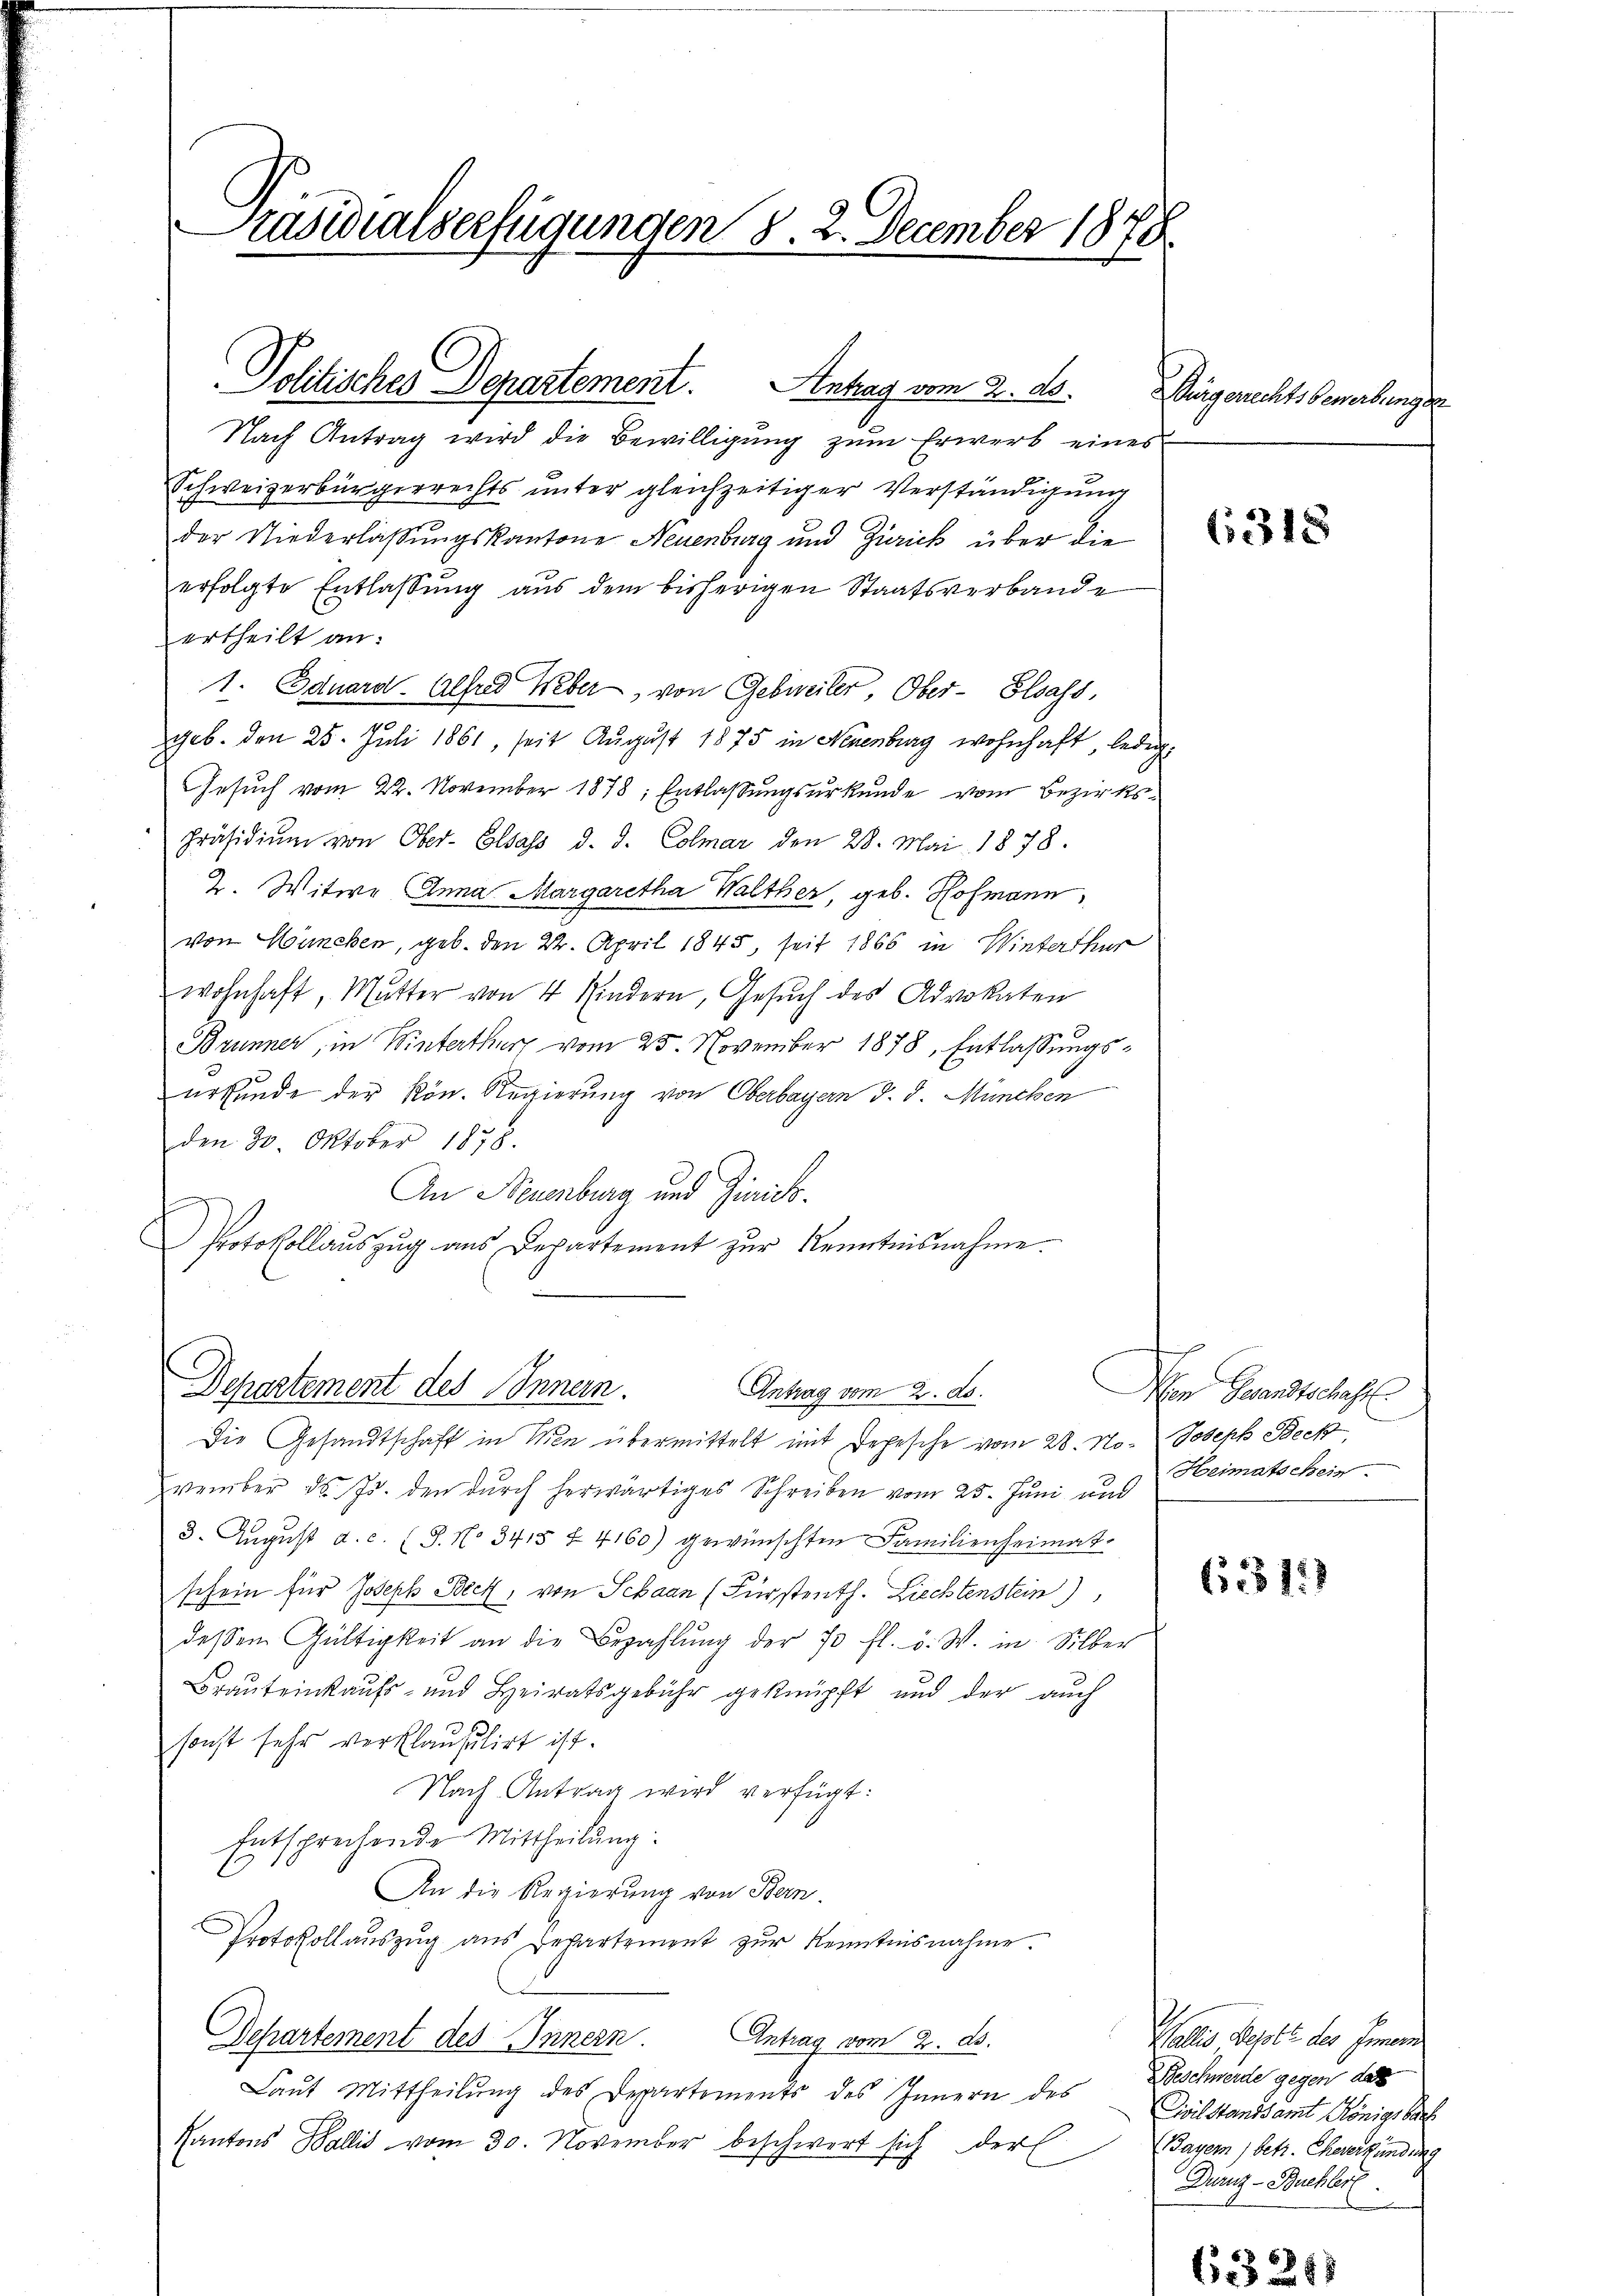
Präsidialserfügungen 8. 2. December 1878

Politisches Departement. Antrag vom 2. ds.

Nach Antrag wird die Bewilligung zum Erwerb eines
Schweizerbürgerrechts unter gleichzeitiger Verständigung
der Niederlassungskantone Neuenburg und Zürich über die
erfolgte Entlassung aus dem bisherigen Staatsverbande
ertheilt an:
1. Eduard Alfred Weber, von Gebreiter, Ober- Elsass,
geb. den 25. Juli 1861, seit August 1875 in Neuenburg wohnhaft, ledigt
Gesuch vom 22. November 1878; Entlaßungsurkunde vom Bezirks¬
Präsidium von Ober-Elsass d. d. Colmar den 28. Mai 1878.
2. Witwe Anna Margaretha Walther, geb. Hofmann
von München, geb. den 22. April 1845, seit 1866 in Winterthur
wohnhaft, Mutter von 4 Kindern, Gesŭch des Advokaten
Brunner, in Winterthur vom 25. November 1878, Entlassungsurkunde der kön. Regierung von Oberbayern d. d. München
den 30. Oktober 1878.
An Neuenburg und Zinrich¬
Protokollauszug aus Departement zur Kenntnisnahme.
Departement des Innern.
Antrag vom 2. ds.
Die Gesandtschaft in Men übermittelt mit Depesche vom 28. No- Joseph Beck
vember d. Js. den dŭrch herwärtiges Schreiben vom 25. Juni und
3. August d. c. (S. No 3415 § 4160) gewünschten Familienheimat.
schein für Joseph Beck, von Schaan (Fürstenth. Liechtenstein)
dessen Gültigkeit an die Bezahlŭng der 70 fl. v. W. in Silber
Brauteinkaufs- und Heiratsgebühr geknüpft und der auch
sonst sehr verklausulirt ist.
Nach Antrag wird verfügt:
Entsprechende Mittheilung:
An die Regierung von Bern.
Protokollauszug aus Departement zur Kenntnisnahme.
Departement des Innern Antrag vom 2. A.
Laŭt Mittheilŭng des Departements des Innern des Beschwerde gegen das
Kantons Wallis vom 30. November beschwert sich der

Würgerrechtsbewerbungen

6318

Non Gesandtschaft
Heimatschein.

(1311)

Wallis Bevoll der Gemein
Civilstandsamt Königsbuch
(Bayern) betr. Eheverkündung
Durnz-Buchler